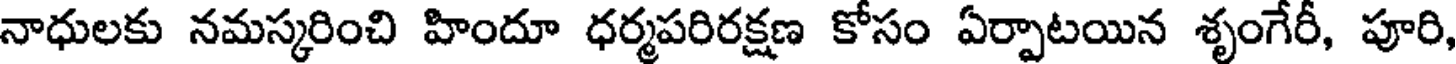
నాధులకు నమస్కరించి హిందూ ధర్మపరిరక్షణ కోసం ఏర్పాటయిన శృంగేరీ, పూరి